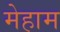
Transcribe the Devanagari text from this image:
मेहाम